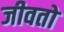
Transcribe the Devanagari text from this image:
जीवतो